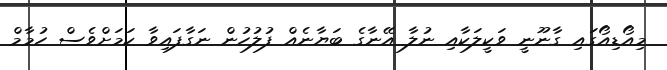
މިއޯޑިއޯގައި ގާނޫނީ ވަކީލަކާއި ނުލާ އޭނާގެ ބަޔާނެއް ފުލުހުން ނަގާފައިވާ ކަމަށްވެސް ހުމާމް